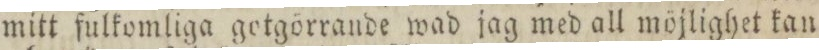
mitt fulkomliga gotgörrande wad jag med all möjlighet kan